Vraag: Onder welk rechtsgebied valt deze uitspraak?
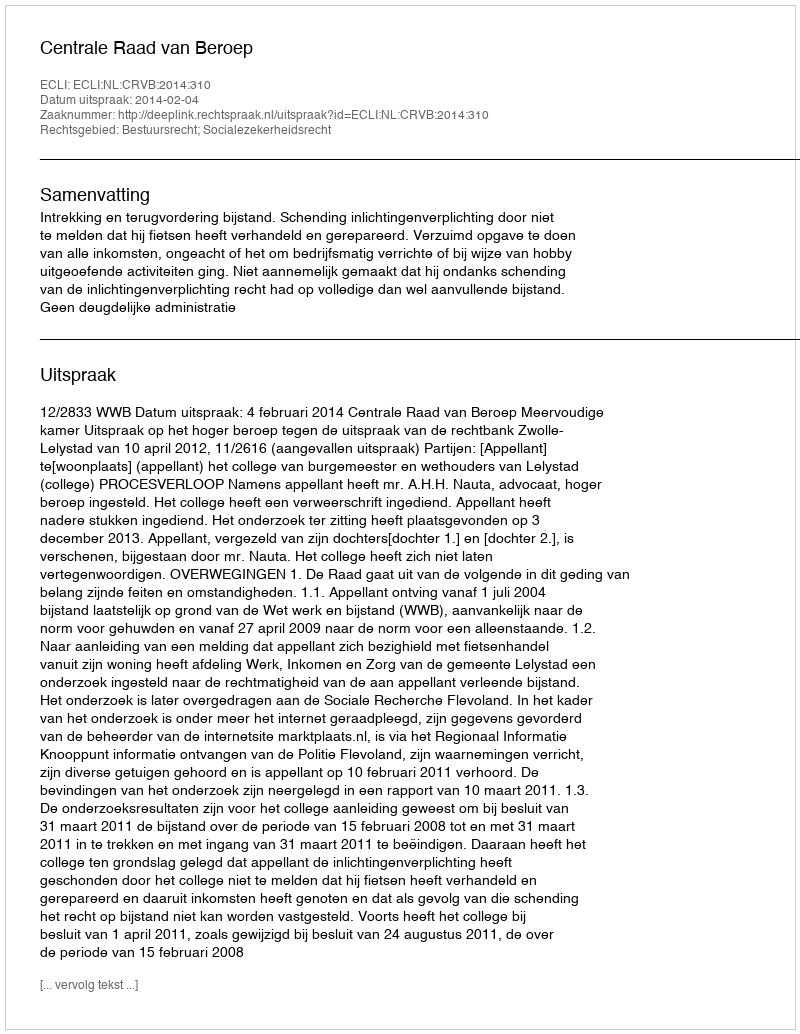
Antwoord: Bestuursrecht; Socialezekerheidsrecht